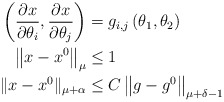
\begin{align*}\left( \frac{\partial x}{\partial\theta_{i}},\frac{\partial x}{\partial\theta_{j}}\right) & =g_{i,j}\left( \theta_{1},\theta_{2}\right) \\\left\Vert x-x^{0}\right\Vert _{\mu} & \leq1\\\Vert x-x^{0}\Vert_{\mu+\alpha} & \leq C\left\Vert g-g^{0}\right\Vert_{\mu+\delta-1}\end{align*}